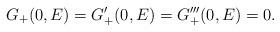
LaTeX: \begin{align*} G_+(0,E)=G_+'(0,E)=G_+'''(0,E)=0.\end{align*}